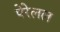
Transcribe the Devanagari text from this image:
पेरेलल